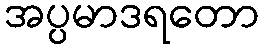
အပ္ပမာဒရတော